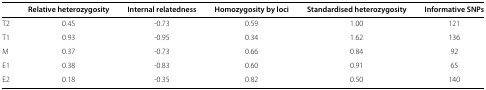
|  | Relative heterozygosity | Internal relatedness | Homozygosity by loci | Standardised heterozygosity | Informative SNPs |
 | --- | --- | --- | --- | --- | --- |
 | T2 | 0.45 | -0.73 | 0.59 | 1.00 | 121 |
 | T1 | 0.93 | -0.95 | 0.34 | 1.62 | 136 |
 | M | 0.37 | -0.73 | 0.66 | 0.84 | 92 |
 | E1 | 0.38 | -0.83 | 0.60 | 0.91 | 65 |
 | E2 | 0.18 | -0.35 | 0.82 | 0.50 | 140 |